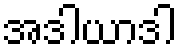
အဒါယာဒါ